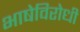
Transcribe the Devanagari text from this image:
भाषेविरोधी